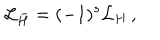
LaTeX: { \cal L } _ { \bar { H } } = ( - 1 ) ^ { s } { \cal L } _ { H } \, ,